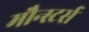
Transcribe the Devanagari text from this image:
मौन्स्टर्स